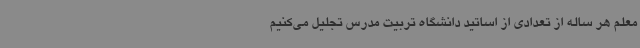
معلم هر ساله از تعدادی از اساتید دانشگاه تربیت مدرس تجلیل می‌کنیم